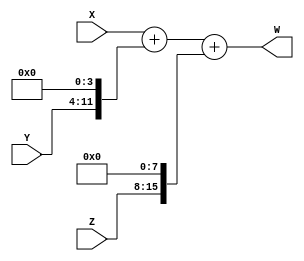
`timescale 1ns / 1ps
//////////////////////////////////////////////////////////////////////////////////
// Company: 
// Engineer: 
// 
// Design Name: 
// Module Name: adder8in16out
// Project Name: 
// Target Devices: 
// Tool Versions: 
// Description: 
// 
// Dependencies: 
// 
// Revision:
// Revision 0.01 - File Created
// Additional Comments:
// 
//////////////////////////////////////////////////////////////////////////////////


  // MODULE FOR ADDER INPUT BIT LENGTH IS 8 & OUTPUT BIT LENGTH IS 16

module ADDER8IN16OUT(input [7:0]X, input [7:0]Y, input [7:0]Z, output[15:0]W);
  wire [15:0]XM = { 8'b0,X };
  wire [15:0]YM = { 4'b0,Y,4'b0};
  wire [15:0]ZM = { Z,8'b0};
  assign W = XM + YM + ZM;
endmodule